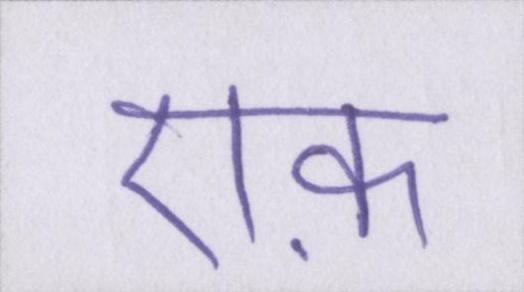
एफ़